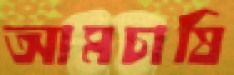
আমচাষি